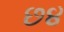
છ૪